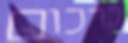
כרכום